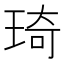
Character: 琦